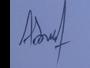
Signature authenticity: forged